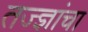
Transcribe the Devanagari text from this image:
तज्‍ज्ञांचा